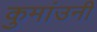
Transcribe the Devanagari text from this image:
कुमांउनी